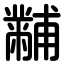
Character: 黼